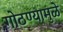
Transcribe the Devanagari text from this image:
गोठण्यामुळे